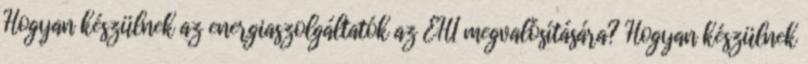
Hogyan készülnek az energiaszolgáltatók az EHI megvalósítására? Hogyan készülnek